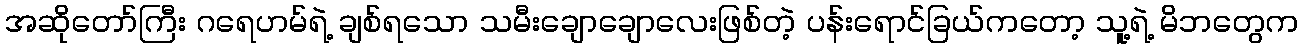
အဆိုတော်ကြီး ဂရေဟမ်ရဲ့ ချစ်ရသော သမီးချောချောလေးဖြစ်တဲ့ ပန်းရောင်ခြယ်ကတော့ သူ့ရဲ့ မိဘတွေက